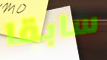
سابقا